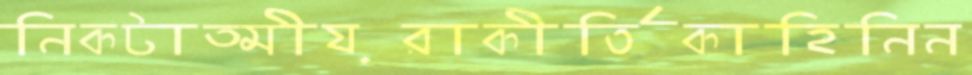
নিকটাত্মীয়রাকীর্তিকাহিনিন